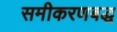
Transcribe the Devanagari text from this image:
समीकरणबद्ध